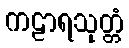
ကဠာရသုတ္တံ